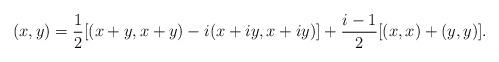
LaTeX: \begin{align*}(x,y)=\frac{1}{2}[(x+y,x+y)-i(x+iy,x+iy)] +\frac{i-1}{2}[(x,x)+(y,y)].\end{align*}